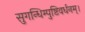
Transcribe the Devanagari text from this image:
सुगन्धिम्पुष्टिवर्धनम्‌।